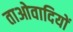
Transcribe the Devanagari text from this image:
ताओवादियों